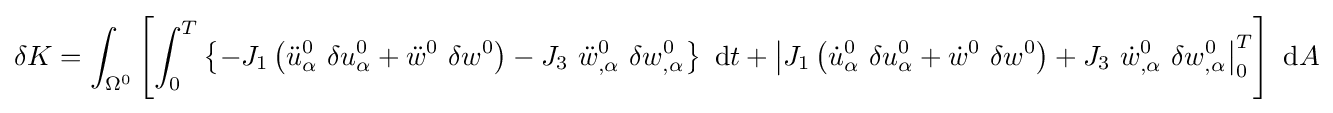
\delta K=\int _{\Omega ^{0}}\left[\int _{0}^{T}\left\{-J_{1}\left({\ddot {u}}_{\alpha }^{0}~\delta u_{\alpha }^{0}+{\ddot {w}}^{0}~\delta w^{0}\right)-J_{3}~{\ddot {w}}_{,\alpha }^{0}~\delta w_{,\alpha }^{0}\right\}~\mathrm {d} t+\left|J_{1}\left({\dot {u}}_{\alpha }^{0}~\delta u_{\alpha }^{0}+{\dot {w}}^{0}~\delta w^{0}\right)+J_{3}~{\dot {w}}_{,\alpha }^{0}~\delta w_{,\alpha }^{0}\right|_{0}^{T}\right]~\mathrm {d} A